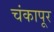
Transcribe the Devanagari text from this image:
चंकापूर